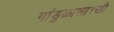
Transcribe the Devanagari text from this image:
गांडुळासारखी